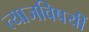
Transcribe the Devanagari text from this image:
त्याजविषयीं